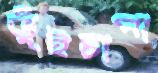
ভুঁইচাপা